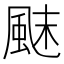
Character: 𩗂